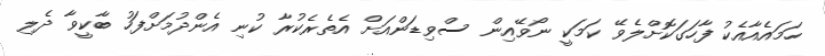
ހަމައެއާއެކު ފާހަގަކޮށްލެވޭ ކަމަކީ ނޯވޭއިން ސްވިޑަންއަށް އެތެރެކުރާ ކުނި އެންދުމަށްފަހު ބާކީވާ ދެލި